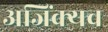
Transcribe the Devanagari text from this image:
अजिंक्यच